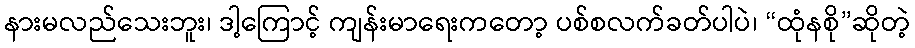
နားမလည်သေးဘူး၊ ဒါ့ကြောင့် ကျန်းမာရေးကတော့ ပစ်စလက်ခတ်ပါပဲ၊ “ထုံနစို”ဆိုတဲ့